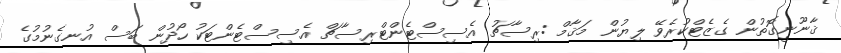
ޤާނޫނީގޮތުން ގެޒެޓްކުރެވޭ ލިޔުން މަޤާމް :ރިސާޗު އެސިސްޓެންޓްރިސާޗް އެސިސްޓެންޓަކު ހޯދުން ބަސް އުނގެނުމުގެ